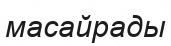
масайрады